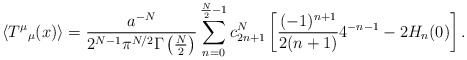
\begin{align*}\left<T^\mu{}_\mu(x)\right>={a^{-N}\over 2^{N-1}\pi^{N/2}\Gamma \left(\frac N2\right)} \sum_{n=0}^{\frac N2-1}c^N_{2n+1}\left[ \frac{(-1)^{n+1}}{2(n+1)}4^{-n-1}-2H_n(0)\right].\end{align*}